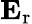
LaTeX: \mathbf{E}_{\mathrm{r}}